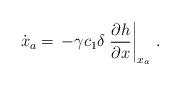
LaTeX: \begin{align*}\dot{{x}}_a = \, -\gamma c_1 \delta \left.\dfrac{\partial h}{\partial x}\right|_{{x}_a}\,. \end{align*}